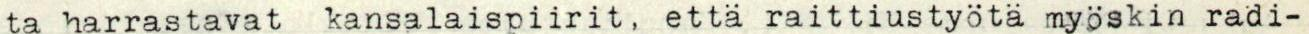
ta harrastavat  kansalaispiirit, että raittiustyöta myöskin radi-